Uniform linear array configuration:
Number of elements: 8
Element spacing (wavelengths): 0.75
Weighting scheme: exponential
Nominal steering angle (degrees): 45
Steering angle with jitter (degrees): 45.117
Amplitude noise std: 0.05
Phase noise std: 0.05

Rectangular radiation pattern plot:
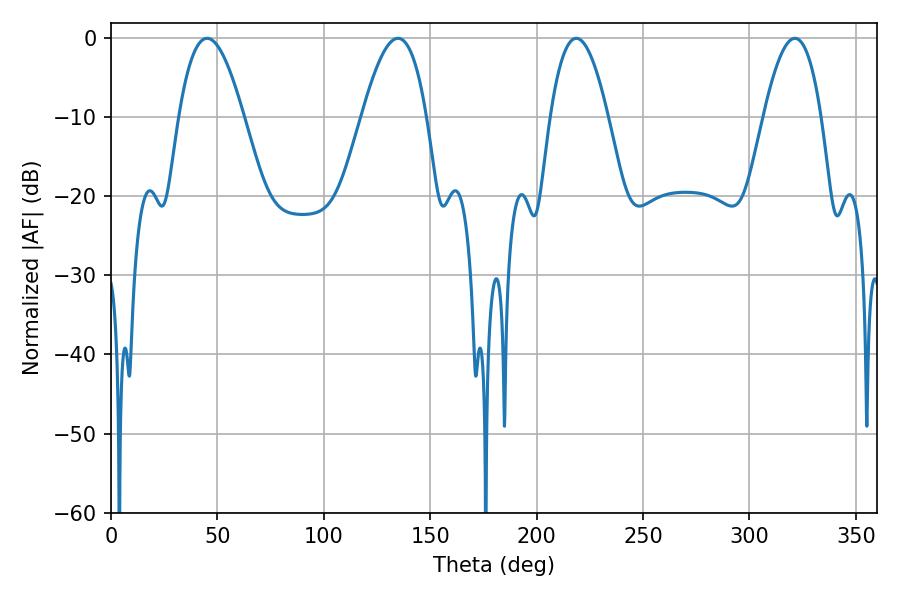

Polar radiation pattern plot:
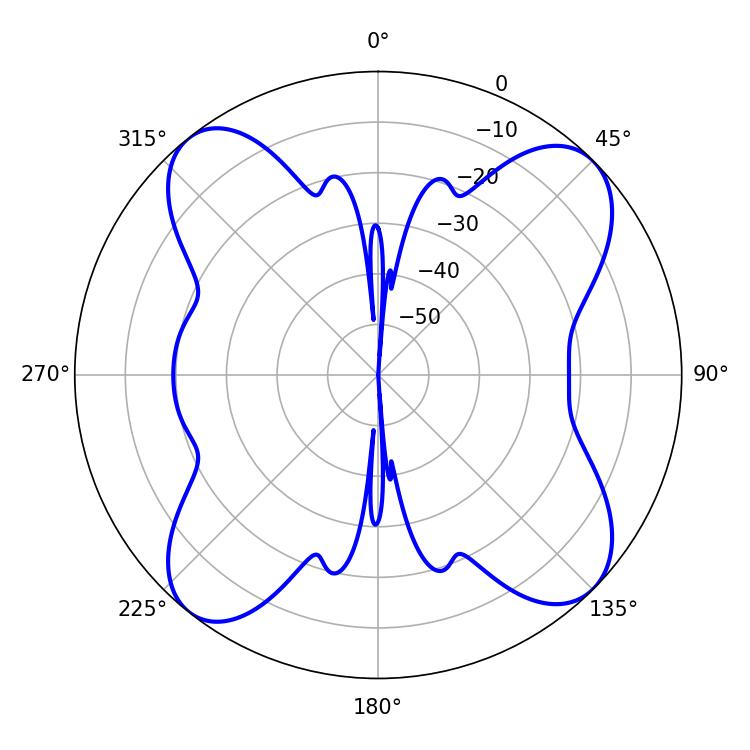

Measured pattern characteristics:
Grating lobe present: TRUE
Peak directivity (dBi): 13.281
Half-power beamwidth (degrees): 16.56
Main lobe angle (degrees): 45.18